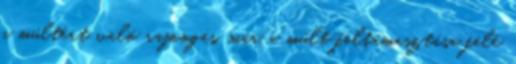
a múltért való rajongás, már a múlt feltámasztása felé